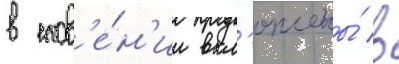
в слов'е́н'ии вкл'ючены́ в